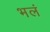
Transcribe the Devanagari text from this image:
भलं